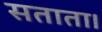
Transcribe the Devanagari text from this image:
सताता।